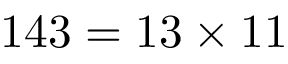
1 4 3 = 1 3 \times 1 1